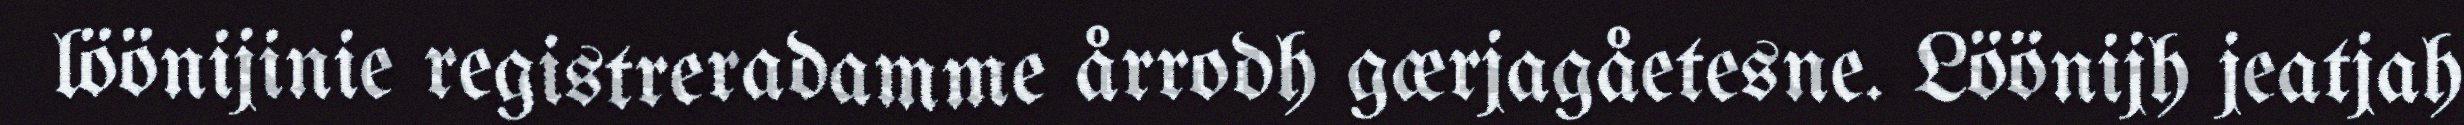
löönijinie registreradamme årrodh gærjagåetesne. Löönijh jeatjah